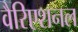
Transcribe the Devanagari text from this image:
वैरिएशनल